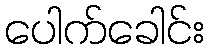
ပေါက်ခေါင်း